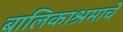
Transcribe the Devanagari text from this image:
बालिकाश्रमाचे